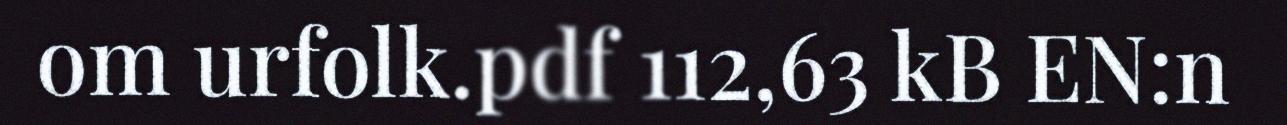
om urfolk.pdf 112,63 kB EN:n